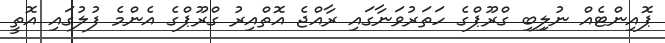
ޕޮއިންޓެއް ނުލިިބި ގްރޫޕްގެ ހަތަރުވަނާގައި ރާއްޖެ އޮތްއިރު ގްރޫޕްގެ އެންމެ ފުލުގައި އޮތީ